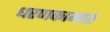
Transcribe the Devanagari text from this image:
धरणकामात